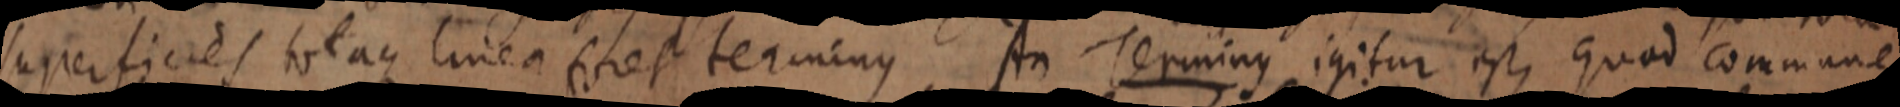
superficies totaque linea foret terminus An Terminus igitur est, quod commune